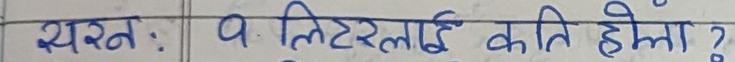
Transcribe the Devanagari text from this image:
प्रश्न : १ लिटरलाई कति होला ?